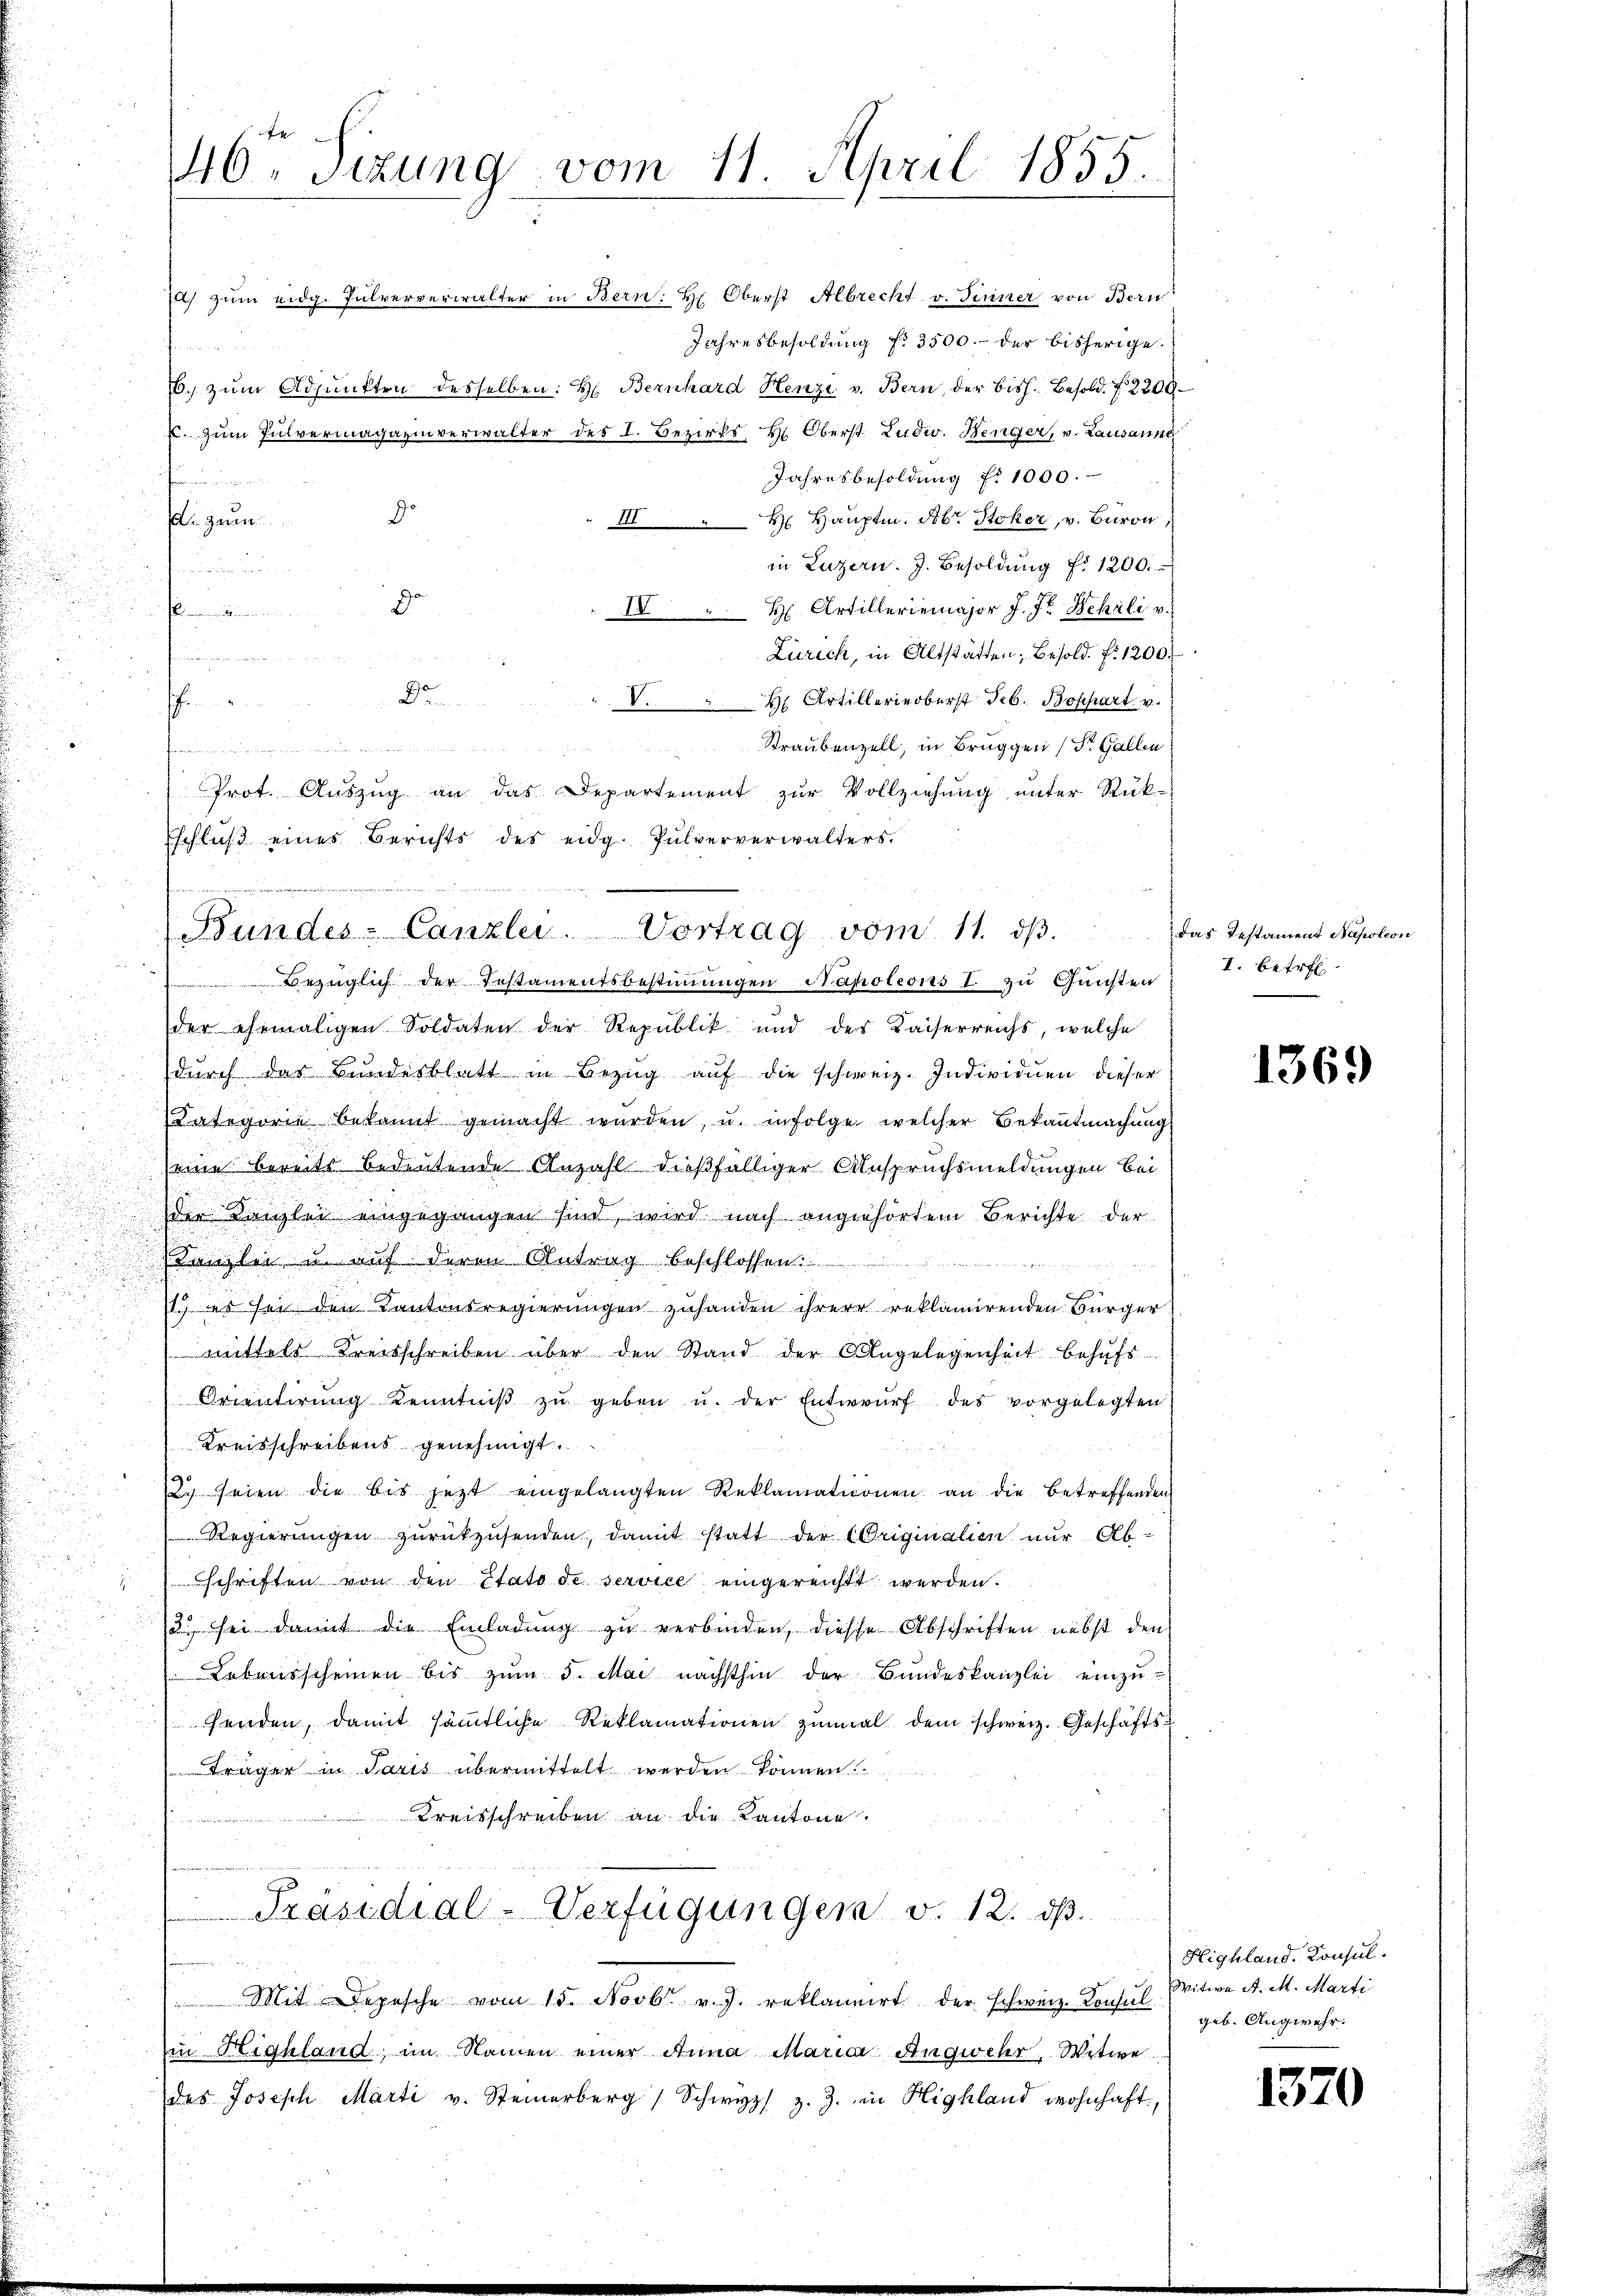
i

u
.

46. Sitzung vom 11. April 1855.

) zum eidg. Pulververwalter in Bern: H: Oberst Albrecht v. Finner von Bern
Jahresbesoldung fr. 3500.- der bisherige
6. zum Adjunkten desselben: H. Bernhard Henzi v. Bern, der bish. Besold. N 2200.
E. Zum Pulvermagazinverwalter des I. Bezirks H. Oberst Ludw. Henger, v. Lausanne
Jahresbesoldung fr. 1000.
fammenen
III. Hauptm. Xbr. Stoker, v. Baron
 gaun
in Luzern. J. Besoldŭng Nr 1200.
 meter denen
do
IV H. Artilleriemajor J. J. Wehrli v.
 neinan
Zürich, in Altstätten, Besold. fr. 1200.

D
V. Artillerierberst Seb. Boßhart v.
.
Straubenzell, in Bruggen (St. Gallen
 e g dann ich je mein und in der
Prot. Auszug an das Departement zur Vollziehung unter Rück-
Eschluß eines Berichts des eidg. Pulververwalters.

Jo

Bundes-Canzlei. Vortrag vom 11. dβ.

Bezüglich der Testamentsbestimmungen Napoleons I. zu Gunsten
der ehemaligen Soldaten der Republik und der Kaiserreichs, welche
dŭrch das Bundesblatt in Bezŭg aŭf die schweiz. Individuen dieser
Kategorie bekannt gemacht würden, u. infolge welcher Bekanntmachung
seine bereits bedeutende Anzahl dießfälliger Anspruchsmeldungen bei
der Kanzlei eingegangen sind, wird nach angehörtem Berichte der
Kanzlei u. auf deren Antrag beschlossen:
11. ds sei den Kantonsregierungen zuhanden ihrere reklamirenden Bürger
u
wittels Kreisschreiben über den Stand der Angelegenheit behŭfs
Orientirŭng Kenntniβ zŭ geben u. der Entwŭrf des vorgelegten
Kreisschreibens genehmigt.
2. seien die bis jetzt eingelangten Reklamationen an die betreffenden
Regierŭngen zŭrückzŭsenden, damit statt der Originalien nŭr Ab-
2
schriften von den Etato de service eingereichtt werden.
7
13 sei damit die Einladung zu verbinden, diese Abschriften nebst den

Lebensscheinen bis zŭm 5. Mai nächsthin der Bundeskanzlei einzŭ-
enden, damit sämmtliche Reklamationen zumal dem schweiz. Geschäfts¬
Träger in Paris übermittelt werden können.
Kreisschreiben an die Kantone
u
i
Präsidial-Verfügungen v. 12. dβ.
n
s
Mit Depesche vom 15. Novbr. v. J. reklamirt der schweiz. Konsul
in Highland, im Namen einer Anna Maria Angwehr, Witwe
des Joseph Marti v. Steinerberg Schwyz z. Z. in Highland wohnhaft,

das Testament Napoleon
I. Betref

1369

Highland. Konsul
Witwe A. M. Marti
geb. Angwehr.

1370